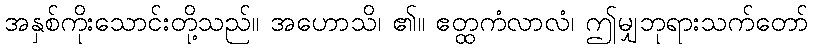
အနှစ်ကိုးသောင်းတို့သည်။ အဟောသိ၊ ၏။ ဧတ္ထကံလာလံ၊ ဤမျှဘုရားသက်တော်